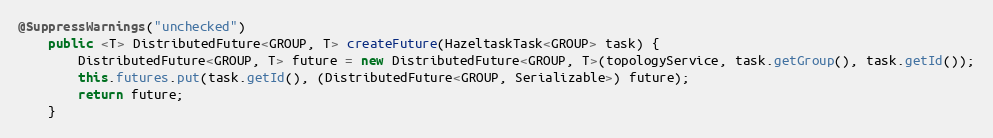
Language: Java
@SuppressWarnings("unchecked")
    public <T> DistributedFuture<GROUP, T> createFuture(HazeltaskTask<GROUP> task) {
        DistributedFuture<GROUP, T> future = new DistributedFuture<GROUP, T>(topologyService, task.getGroup(), task.getId());
        this.futures.put(task.getId(), (DistributedFuture<GROUP, Serializable>) future);
        return future;
    }